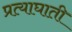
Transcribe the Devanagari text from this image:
प्रत्याघाती